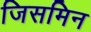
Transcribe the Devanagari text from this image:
जिसमिन